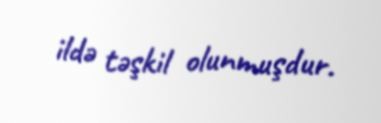
ildə təşkil olunmuşdur.